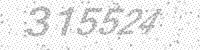
Solution: 315524